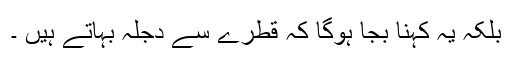
بلکہ یہ کہنا بجا ہوگا کہ قطرے سے دجلہ بہاتے ہیں ۔